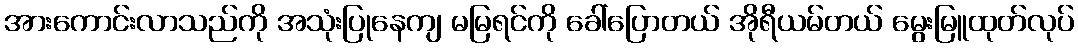
အားကောင်းလာသည်ကို အသုံးပြုနေကျ မမြရင်ကို ခေါ်ပြောတယ် အိုရီယမ်တယ် မွေးမြူထုတ်လုပ်